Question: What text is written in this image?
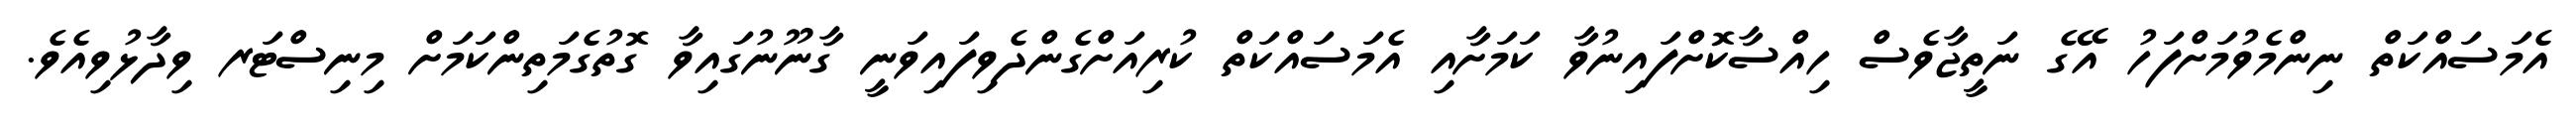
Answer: އެމަސައްކަތް ނިންމެވުމަށްފަހު އޭގެ ނަތީޖާވެސް ހިއްސާކޮށްފައިނުވާ ކަމަށާއި އެމަސައްކަތް ކުރިއަށްގެންދެވިފައިވަނީ ގާނޫނުގައިވާ ގޮތުގެމަތިންކަމަށް މިނިސްޓަރ ވިދާޅުވިއެވެ.